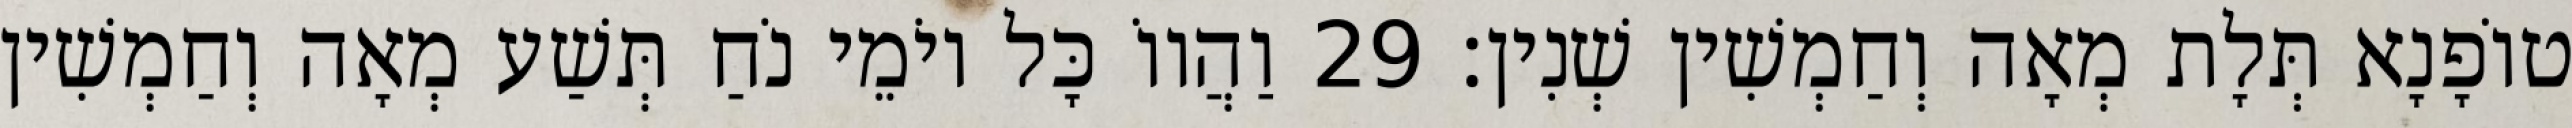
טוֹפָנָא תְּלָת מְאָה וְחַמְשִׁין שְׁנִין׃ 29 וַהֲווֹ כָּל יוֹמֵי נֹחַ תְּשַׁע מְאָה וְחַמְשִׁין